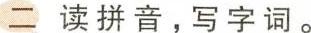
读拼音，写字词。我和小 一起做 的手工，不作品都会送给山区的孩子们。